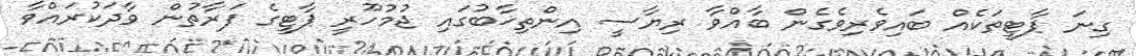
ގިނަ ޕާޓީތަކެއް ބައިވެރިވެގެން ބާއްވާ ރިޔާސީ އިންތިޚާބުގައި ޖުމުހޫރީ ޕާޓީގެ ފަރާތުން ވާދަކުރައްވާ